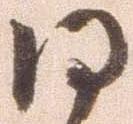
日